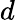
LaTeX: \textit{d}